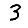
Digit: 3